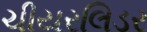
ચીયરલિડર